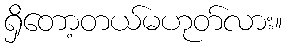
ရှိတော့တယ်မဟုတ်လား။